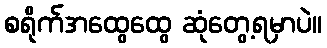
စရိုက်အထွေထွေ ဆုံတွေ့ရမှာပဲ။